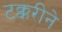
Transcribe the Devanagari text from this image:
टक्करीने